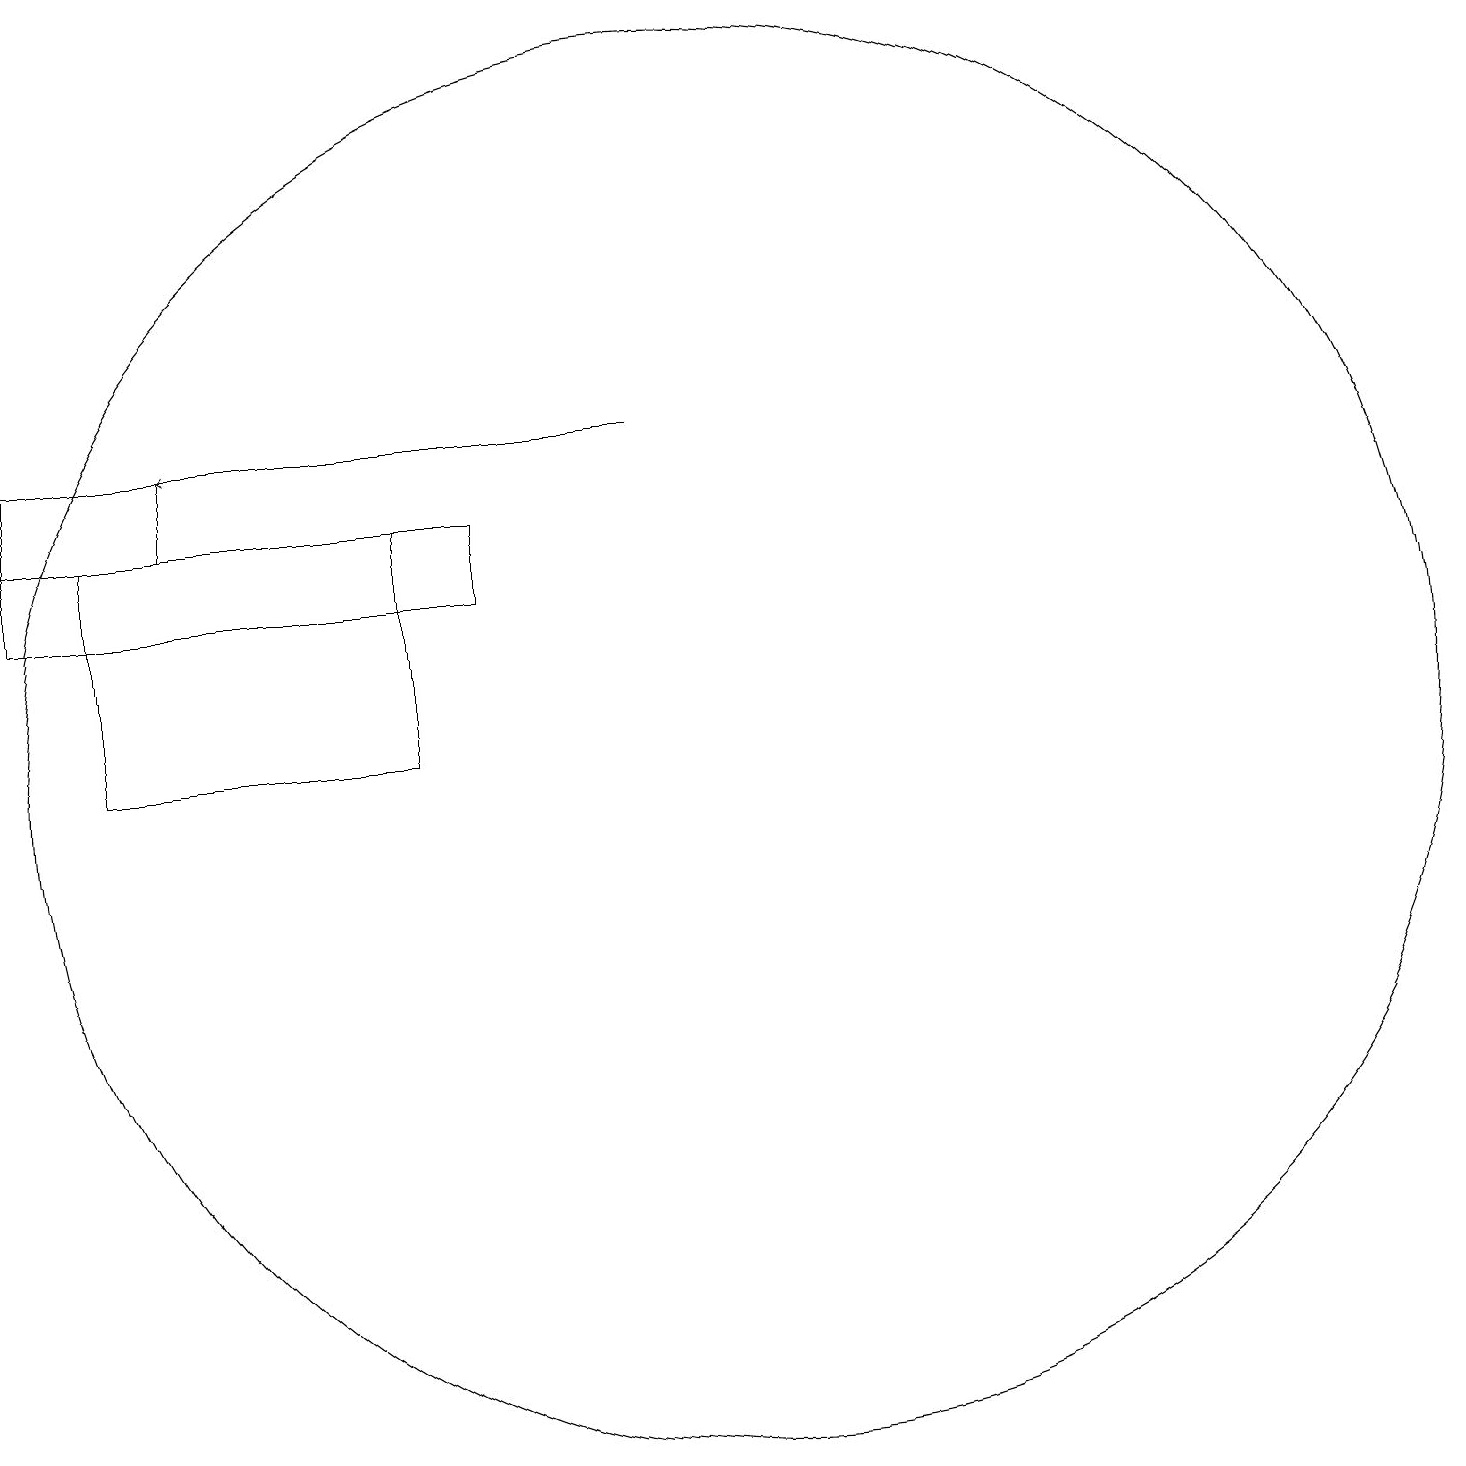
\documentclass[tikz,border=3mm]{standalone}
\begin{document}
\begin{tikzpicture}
\draw (3,15) rectangle (1,14);
\draw[->] (9,15) -- (3,15);
\draw (10,11) circle (9);
\draw (6,14) rectangle (2,11);
\draw (1,14) rectangle (7,13);
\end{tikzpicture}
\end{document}